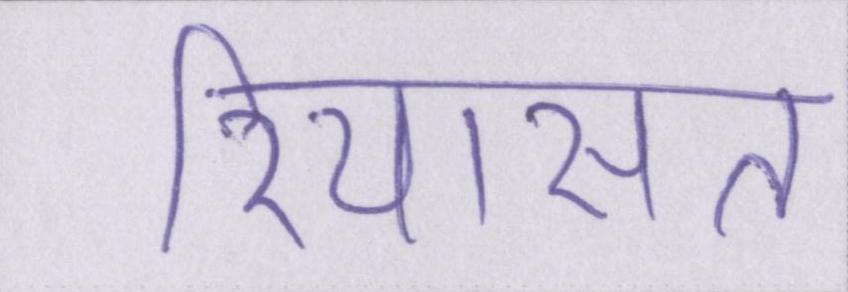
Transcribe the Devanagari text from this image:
रियासत